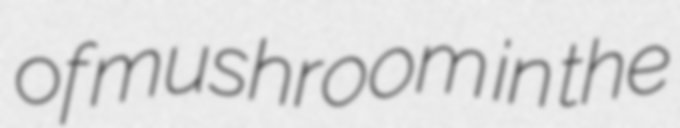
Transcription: of mushroom in the